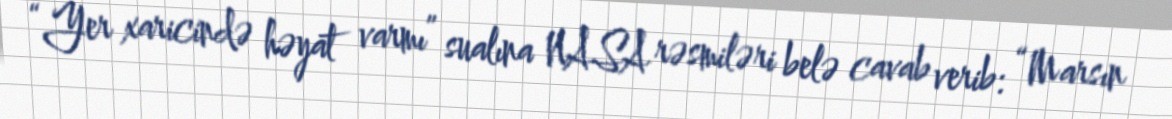
“Yer xaricində həyat varmı” sualına NASA rəsmiləri belə cavab verib: “Marsın